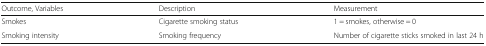
| Outcome, Variables | Description | Measurement |
 | --- | --- | --- |
 | Smokes | Cigarette smoking status | 1 = smokes, otherwise = 0 |
 | Smoking intensity | Smoking frequency | Number of cigarette sticks smoked in last 24 h |